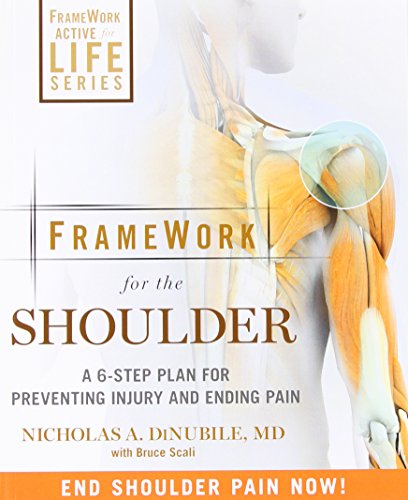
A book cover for FrameWork for the Shoulder: A 6-Step Plan for Preventing Injury and Ending Pain; Nicholas A. DiNubile; Health, Fitness & Dieting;